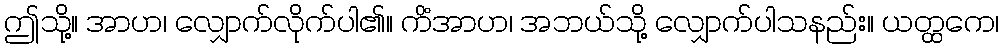
ဤသို့။ အာဟ၊ လျှောက်လိုက်ပါ၏။ ကိံအာဟ၊ အဘယ်သို့ လျှောက်ပါသနည်း။ ယတ္ထကေ၊